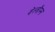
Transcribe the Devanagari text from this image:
वेल्त्रौम्स